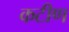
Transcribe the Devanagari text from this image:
कटीण